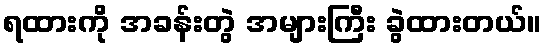
ရထားကို အခန်းတွဲ အများကြီး ခွဲထားတယ်။